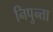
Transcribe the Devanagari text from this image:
निपुन्ता